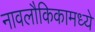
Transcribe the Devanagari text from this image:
नावलौकिकामध्ये